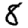
Digit: 8